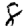
Digit: 8